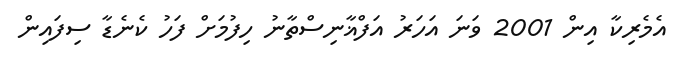
އެމެރިކާ އިން 2001 ވަަނަ އަހަރު އަފްޣާނިސްތާނު ހިފުމަށް ފަހު ކެނެޑާ ސިފައިން